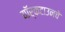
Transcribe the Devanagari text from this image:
यॉर्कटाउनचे